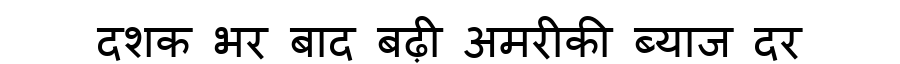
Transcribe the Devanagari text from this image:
दशक भर बाद बढ़ी अमरीकी ब्याज दर